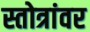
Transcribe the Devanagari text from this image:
स्तोत्रांवर